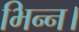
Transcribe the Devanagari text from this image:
भिन्‍न।